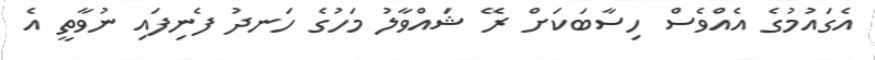
އެގައުމުގެ އެއްވެސް ހިސާބަކަށް ރޭ ޝައްވާލު މަހުގެ ހަނދު ފެނިފައި ނުވާތީ އެ